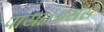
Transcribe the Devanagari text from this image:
पाया।इससे